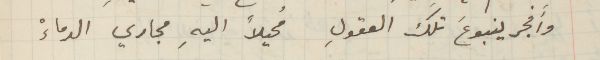
وأَفجر ينبوعَ تلك العقولِ مُحيلاً اليهِ مجاري الدماءْ